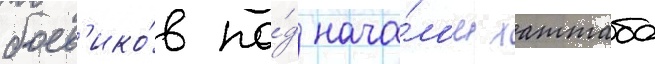
боев'ико́в по́д нача́лом хаттаба